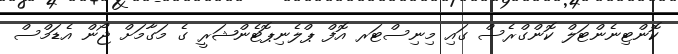
ކޮންޓިނެންޓަލް ކޮންގްރެސް ގައި މިނިސްޓަރ އޮފް ޕްލެނިޕޮޓެންޝަރީ ގެ މަގާމަށް ޖޯން އެޑަމްސް